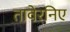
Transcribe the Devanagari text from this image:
तावेरनिए